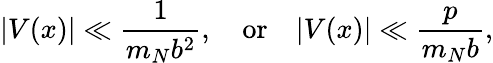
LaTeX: |V(x)|\ll\frac{1}{m_{N}b^{2}},\quad\mathrm{or}\quad|V(x)|\ll\frac{p}{m_{N}b},